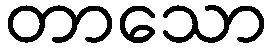
တာသော